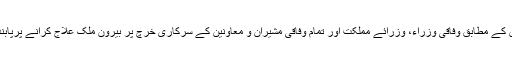
نوٹیفکیشن کے مطابق وفاقی وزراء، وزرائے مملکت اور تمام وفاقی مشیران و معاونین کے سرکاری خرچ پر بیرون ملک علاج کرانے پرپابندی ہوگی۔